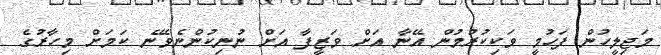
މަޖިލީހުން ފަހުމީ ވަކިކުރުމުން އޭނާ އަށް ވަޒީފާ އަށް ނުނިކުންނެވޭނެ ކަމަށް މިހާރުގެ